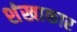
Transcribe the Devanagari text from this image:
शंखाकार